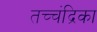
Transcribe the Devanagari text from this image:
तच्‍चंद्रिका